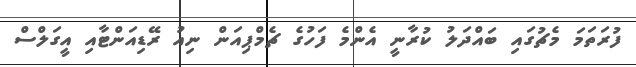
ފުރަތަމަ މެޗުގައި ބައްދަލު ކުރާނީ އެންމެ ފަހުގެ ޗެމްޕިއަން ނިއު ރޭޑިއަންޓާއި އީގަލްސް